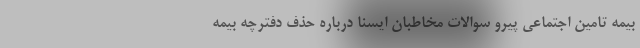
بیمه تامین اجتماعی پیرو سوالات مخاطبان ایسنا درباره حذف دفترچه بیمه